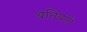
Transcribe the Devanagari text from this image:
बतियाते